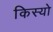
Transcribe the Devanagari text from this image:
किस्यो